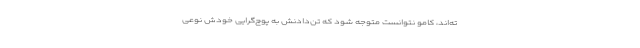
ته‌اند، کامو نتوانست متوجه شود که تن‌دادنش به پوچ‌گرایی خودش نوعی